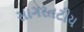
સાગરતટીય